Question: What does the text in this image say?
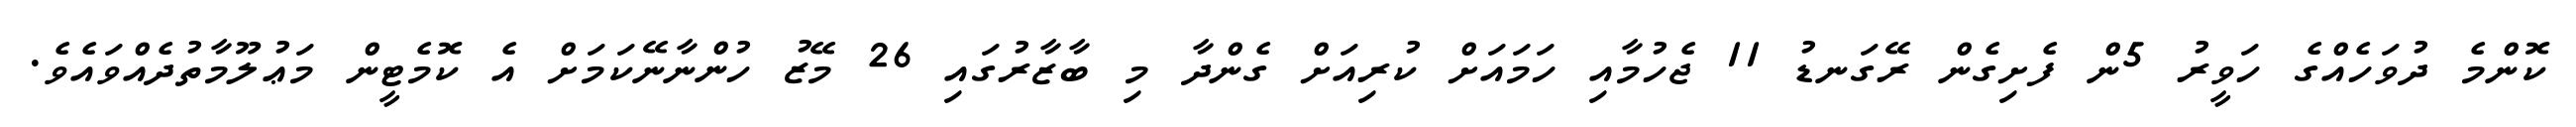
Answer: ކޮންމެ ދުވަހެއްގެ ހަވީރު 5ން ފެށިގެން ރޭގަނޑު 11 ޖެހުމާއި ހަމައަށް ކުރިއަށް ގެންދާ މި ބާޒާރުގައި 26 މޭޒު ހުންނާނޭކަމަށް އެ ކޮމެޓީން މަޢުލޫމާތުދެއްވައެވެ.